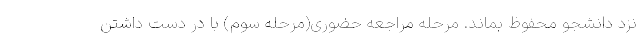
نزد دانشجو محفوظ بماند. مرحله مراجعه حضوری(مرحله سوم) با در دست داشتن